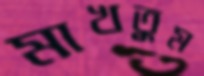
মাখতুম